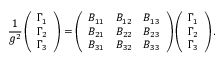
\frac { 1 } { g ^ { 2 } } \left( \begin{array} { l } { { \Gamma _ { 1 } } } \\ { { \Gamma _ { 2 } } } \\ { { \Gamma _ { 3 } } } \end{array} \right) = \left( \begin{array} { l l l } { { B _ { 1 1 } } } & { { B _ { 1 2 } } } & { { B _ { 1 3 } } } \\ { { B _ { 2 1 } } } & { { B _ { 2 2 } } } & { { B _ { 2 3 } } } \\ { { B _ { 3 1 } } } & { { B _ { 3 2 } } } & { { B _ { 3 3 } } } \end{array} \right) \left( \begin{array} { l } { { \Gamma _ { 1 } } } \\ { { \Gamma _ { 2 } } } \\ { { \Gamma _ { 3 } } } \end{array} \right) .